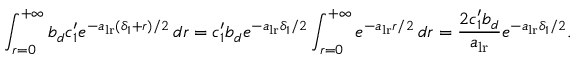
\int _ { r = 0 } ^ { + \infty } b _ { d } c _ { 1 } ^ { \prime } e ^ { - a _ { \mathrm { l r } } ( \delta _ { 1 } + r ) / 2 } \, d r = c _ { 1 } ^ { \prime } b _ { d } e ^ { - a _ { \mathrm { l r } } \delta _ { 1 } / 2 } \int _ { r = 0 } ^ { + \infty } e ^ { - a _ { { \mathrm { l r } } } r / 2 } \, d r = \frac { 2 c _ { 1 } ^ { \prime } b _ { d } } { a _ { \mathrm { l r } } } e ^ { - a _ { \mathrm { l r } } \delta _ { 1 } / 2 } .